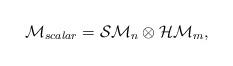
LaTeX: \begin{align*}{\cal M}_{scalar}={\cal SM}_n \otimes {\cal HM}_m,\end{align*}